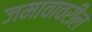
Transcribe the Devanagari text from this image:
जमावावरील